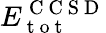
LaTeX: E_{\mathrm{~t~o~t~}}^{\mathrm{~C~C~S~D~}}